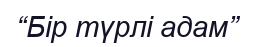
“Бір түрлі адам”